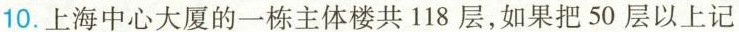
10.上海中心大厦的一栋主体楼共118层，如果把50层以上记